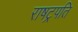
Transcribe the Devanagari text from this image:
राषट्रपति